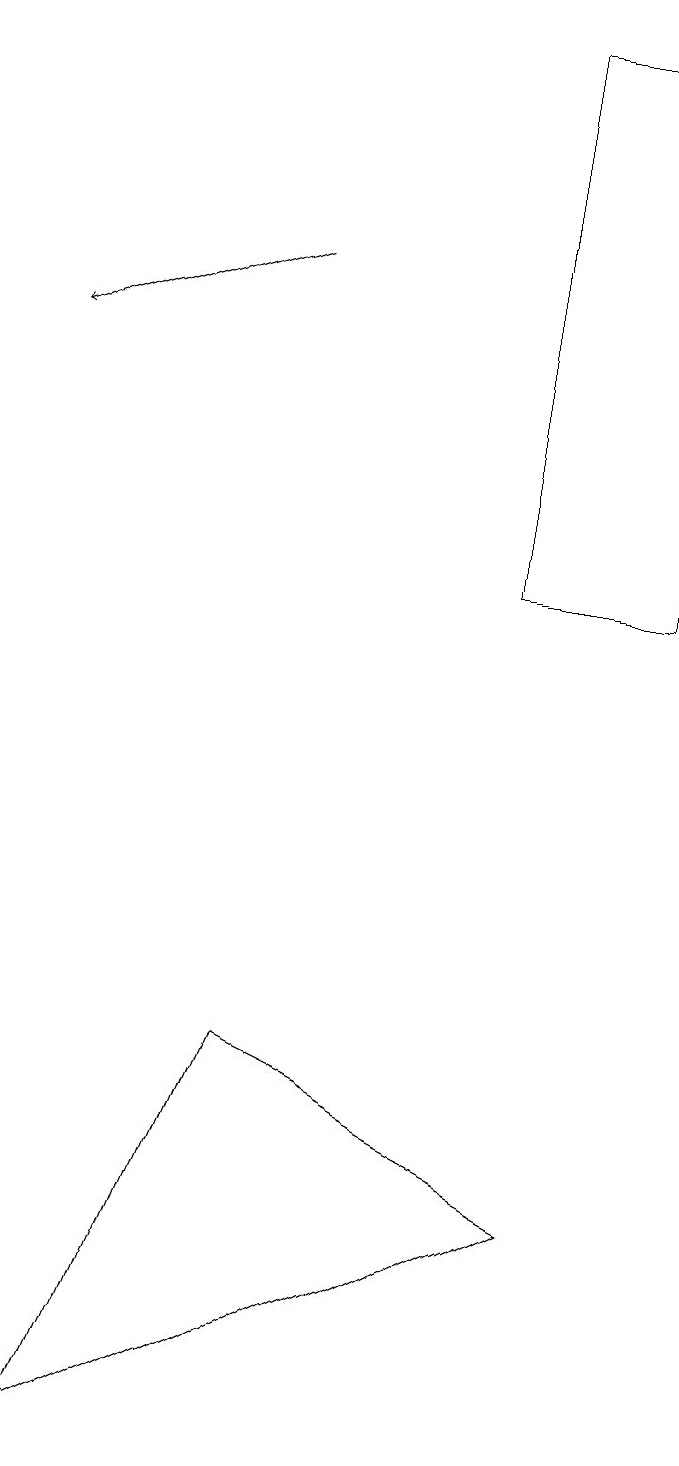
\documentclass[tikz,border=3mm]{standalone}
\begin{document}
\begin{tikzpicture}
\draw (8,4) -- (4,6) -- (2,1) -- cycle;
\draw[->] (4,16) -- (1,15);
\draw (9,19) rectangle (7,12);
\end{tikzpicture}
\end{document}